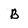
Character: B